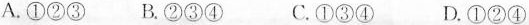
A.①②③B.②③④ C.①③④ D.①②④